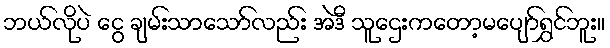
ဘယ်လိုပဲ ငွေ ချမ်းသာသော်လည်း အဲဒီ သူဌေးကတော့မပျော်ရွှင်ဘူး။